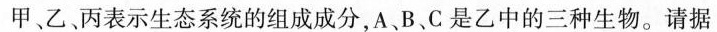
甲、乙丙表示生态系统的组成成分，A、B、C是乙中的三种生物。请据